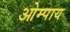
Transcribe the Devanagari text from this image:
ओम्पाय